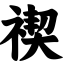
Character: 禊